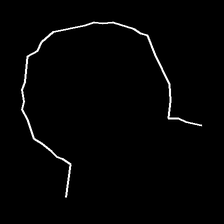
Glyph: weave